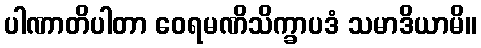
ပါဏာတိပါတာ ဝေရမဏိသိက္ခာပဒံ သမာဒိယာမိ။